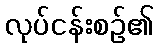
လုပ်ငန်းစဉ်၏